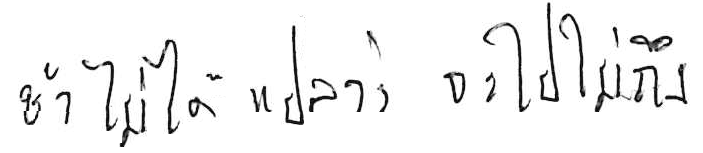
ช้า ไม่ได้แปลว่า จะไปไม่ถึง